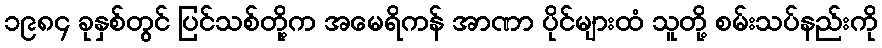
၁၉၈၄ ခုနှစ်တွင် ပြင်သစ်တို့က အမေရိကန် အာဏာ ပိုင်များထံ သူတို့ စမ်းသပ်နည်းကို